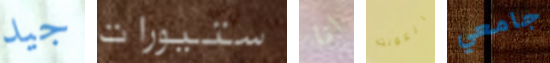
جيد ستيورات انا الكونت جامعي